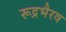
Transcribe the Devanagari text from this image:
रूद्रभैरव